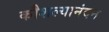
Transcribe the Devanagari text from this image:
कौशल्यानंदन